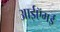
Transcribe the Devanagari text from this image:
आईऍमई